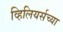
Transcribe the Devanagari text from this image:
व्हिलियर्सच्या